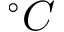
^ { \circ } C